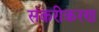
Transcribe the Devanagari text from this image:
संकरीकरण